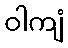
ဝါကျံ